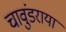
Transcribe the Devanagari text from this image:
चावुंडराया